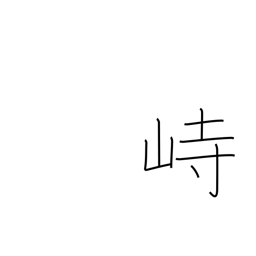
Meaning: tower